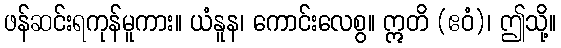
ဖန်ဆင်းရကုန်မူကား။ ယံနူန၊ ကောင်းလေစွ။ ဣတိ (ဧဝံ)၊ ဤသို့။